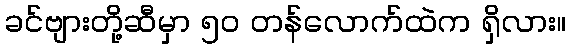
ခင်ဗျားတို့ဆီမှာ ၅၀ တန်လောက်ထဲက ရှိလား။